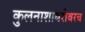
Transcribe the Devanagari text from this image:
कुलनाशाबरोबरच